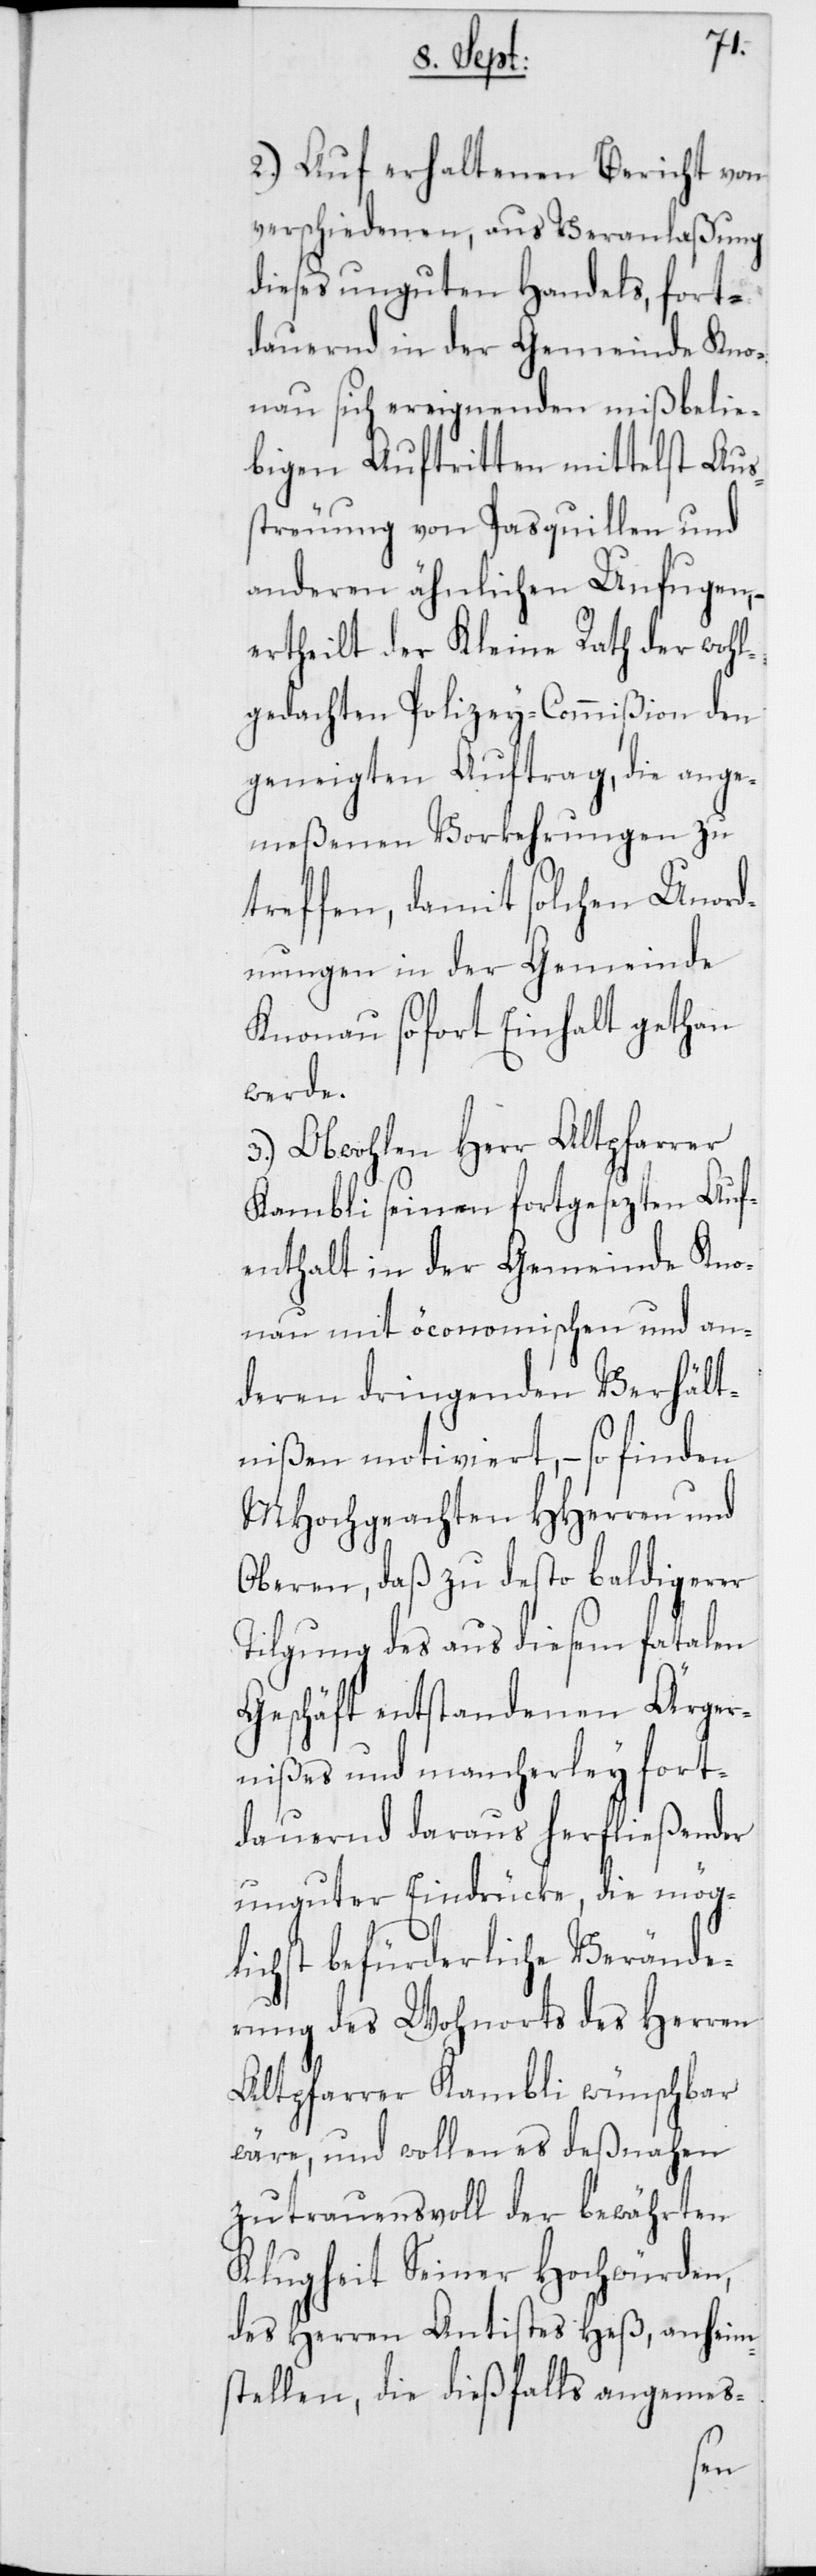
2. Auf erhaltenen Bericht von
verschiedenen, aus Veranlaßung
dieses unguten Handels, fort¬
dauernd in der Gemeinde Kno¬
nau sich ereignenden mißbelie¬
bigen Auftritten mittelst Aus¬
streuung von Pasquillen und
anderen ähnlichen Unfugen,
ertheilt der Kleine Rath der wohl¬
gedachten Polizey-Commißion den
geneigten Auftrag, die ange¬
meßenen Vorkehrungen zu
treffen, damit solchen Unord¬
nungen in der Gemeinde
Knonau sofort Einhalt gethan
werde.
3. Obwohlen Herr Alrpfarrer
Kambli seinen fortgesezten Auf¬
enthalt in der Gemeinde Kno¬
nau mit öconomischen und an¬
deren dringenden Verhält¬
nißen motiviert, – so finden
MHochegachten HHerren und
Oberen, daß zu desto baldigerer
Tilgung des aus diesem fatalen
Geschäft entstandenen Ärger¬
nißes und mancherley fort¬
dauernd daraus herfließender
unguter Eindrücke, die mög¬
lichst befürderliche Verände¬
rung des Wohnorts des Herren
Altpfarrer Kambli wünschbar
wäre, und wollen es deßnahen
zutrauensvoll der bewährten
Klugheit Seiner Hochwürden,
des Herren Antistes Heß, anheim
stellen, die dießfalls angemes-